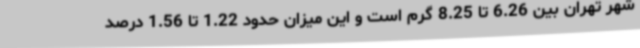
شهر تهران بین 6.26 تا 8.25 گرم است و این میزان حدود 1.22 تا 1.56 درصد